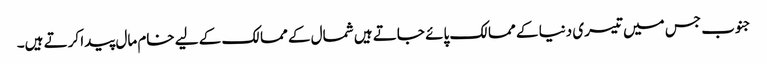
جنوب جس میں تیسری دنیا کے ممالک پائے جاتے ہیں شمال کے ممالک کے لیے خام مال پیدا کرتے ہیں۔